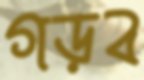
গড়ব